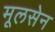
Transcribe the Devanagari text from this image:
मूलसेन